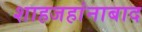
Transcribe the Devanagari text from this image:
शाहजहांनाबाद